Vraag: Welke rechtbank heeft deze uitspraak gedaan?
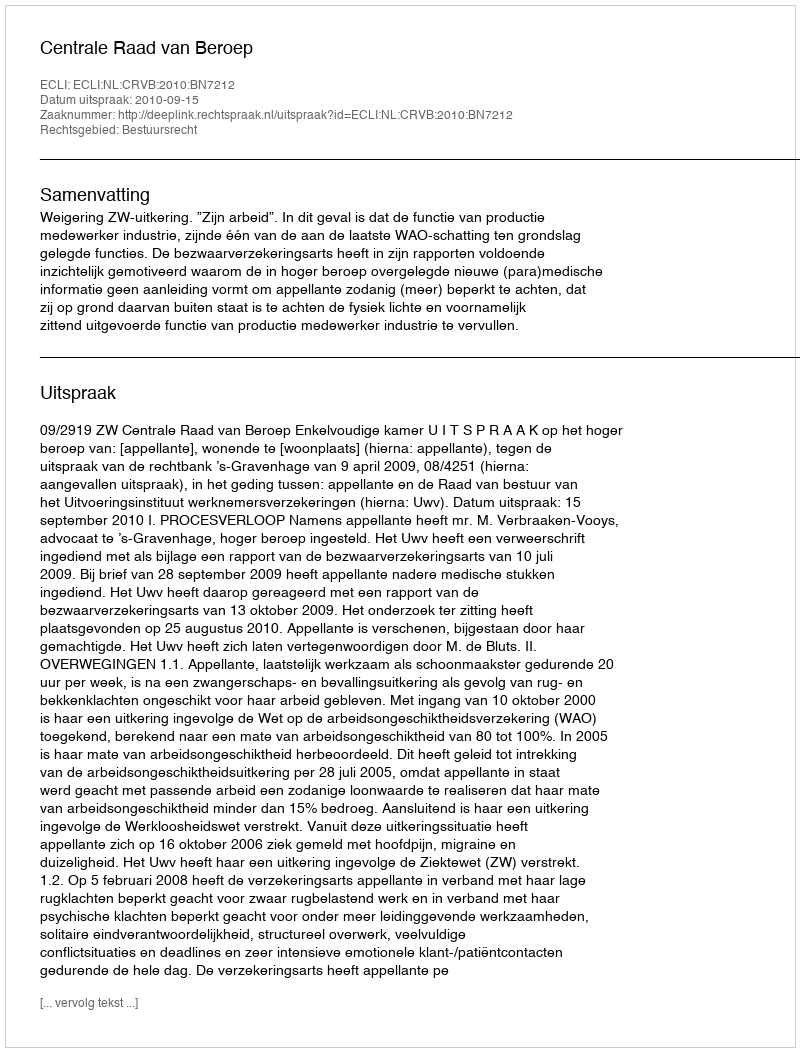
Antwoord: Centrale Raad van Beroep